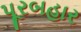
પૂરબહાર